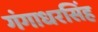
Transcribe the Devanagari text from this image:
गंगाधरसिंह